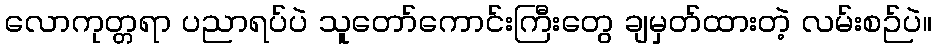
လောကုတ္တရာ ပညာရပ်ပဲ သူတော်ကောင်းကြီးတွေ ချမှတ်ထားတဲ့ လမ်းစဉ်ပဲ။